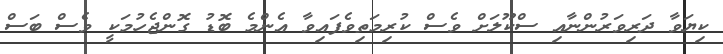
ކިޔަވާ ދަރިވަރުންނާއި ސްކޫލަށް ވެސް ކުރިމަތިވެފައިވާ އެންމެ ބޮޑު ގޮންޖެހުމަކީ ވެސް ބަސް